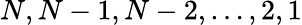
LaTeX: N,N-1,N-2,\dots,2,1